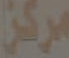
مركز